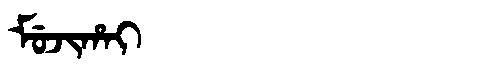
Manchu: ᠮᡠᠵᡳᡥᠠᡳ
Romanization: MUJIHAI